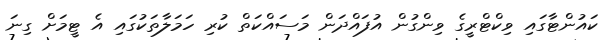
ކައުންޓާގައި ވިކްޓްރީގެ ވިންގުން އުފައްދަން މަސައްކަތް ކުރި ހަމަލާތަކުގައި އެ ޓީމަށް ގިނަ